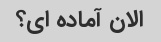
الان آماده ای؟